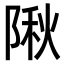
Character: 𨺹